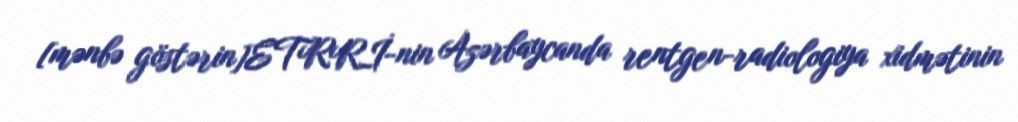
[mənbə göstərin]ETRRİ-nin Azərbaycanda rentgen-radiologiya xidmətinin